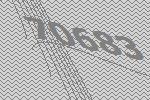
70683